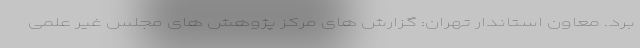
برد. معاون استاندار تهران: گزارش های مرکز پژوهش های مجلس غیر علمی